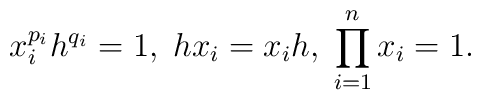
x_{i}^{p_{i}}h^{q_{i}}=1,\;hx_{i}=x_{i}h,\;\prod_{i=1}^{n}x_{i}=1.